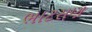
ભાટસણ